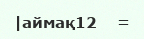
|аймақ12    =